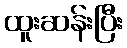
ထူးဆန်းပြီး